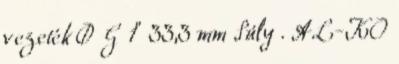
vezeték Ø G 1" 33,3 mm Súly . AL-KO